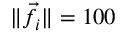
\| \vec { f } _ { i } \| = 1 0 0